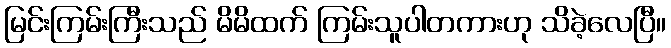
မြင်းကြမ်းကြီးသည် မိမိထက် ကြမ်းသူပါတကားဟု သိခဲ့လေပြီ။